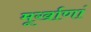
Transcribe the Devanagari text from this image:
मूर्खाणां